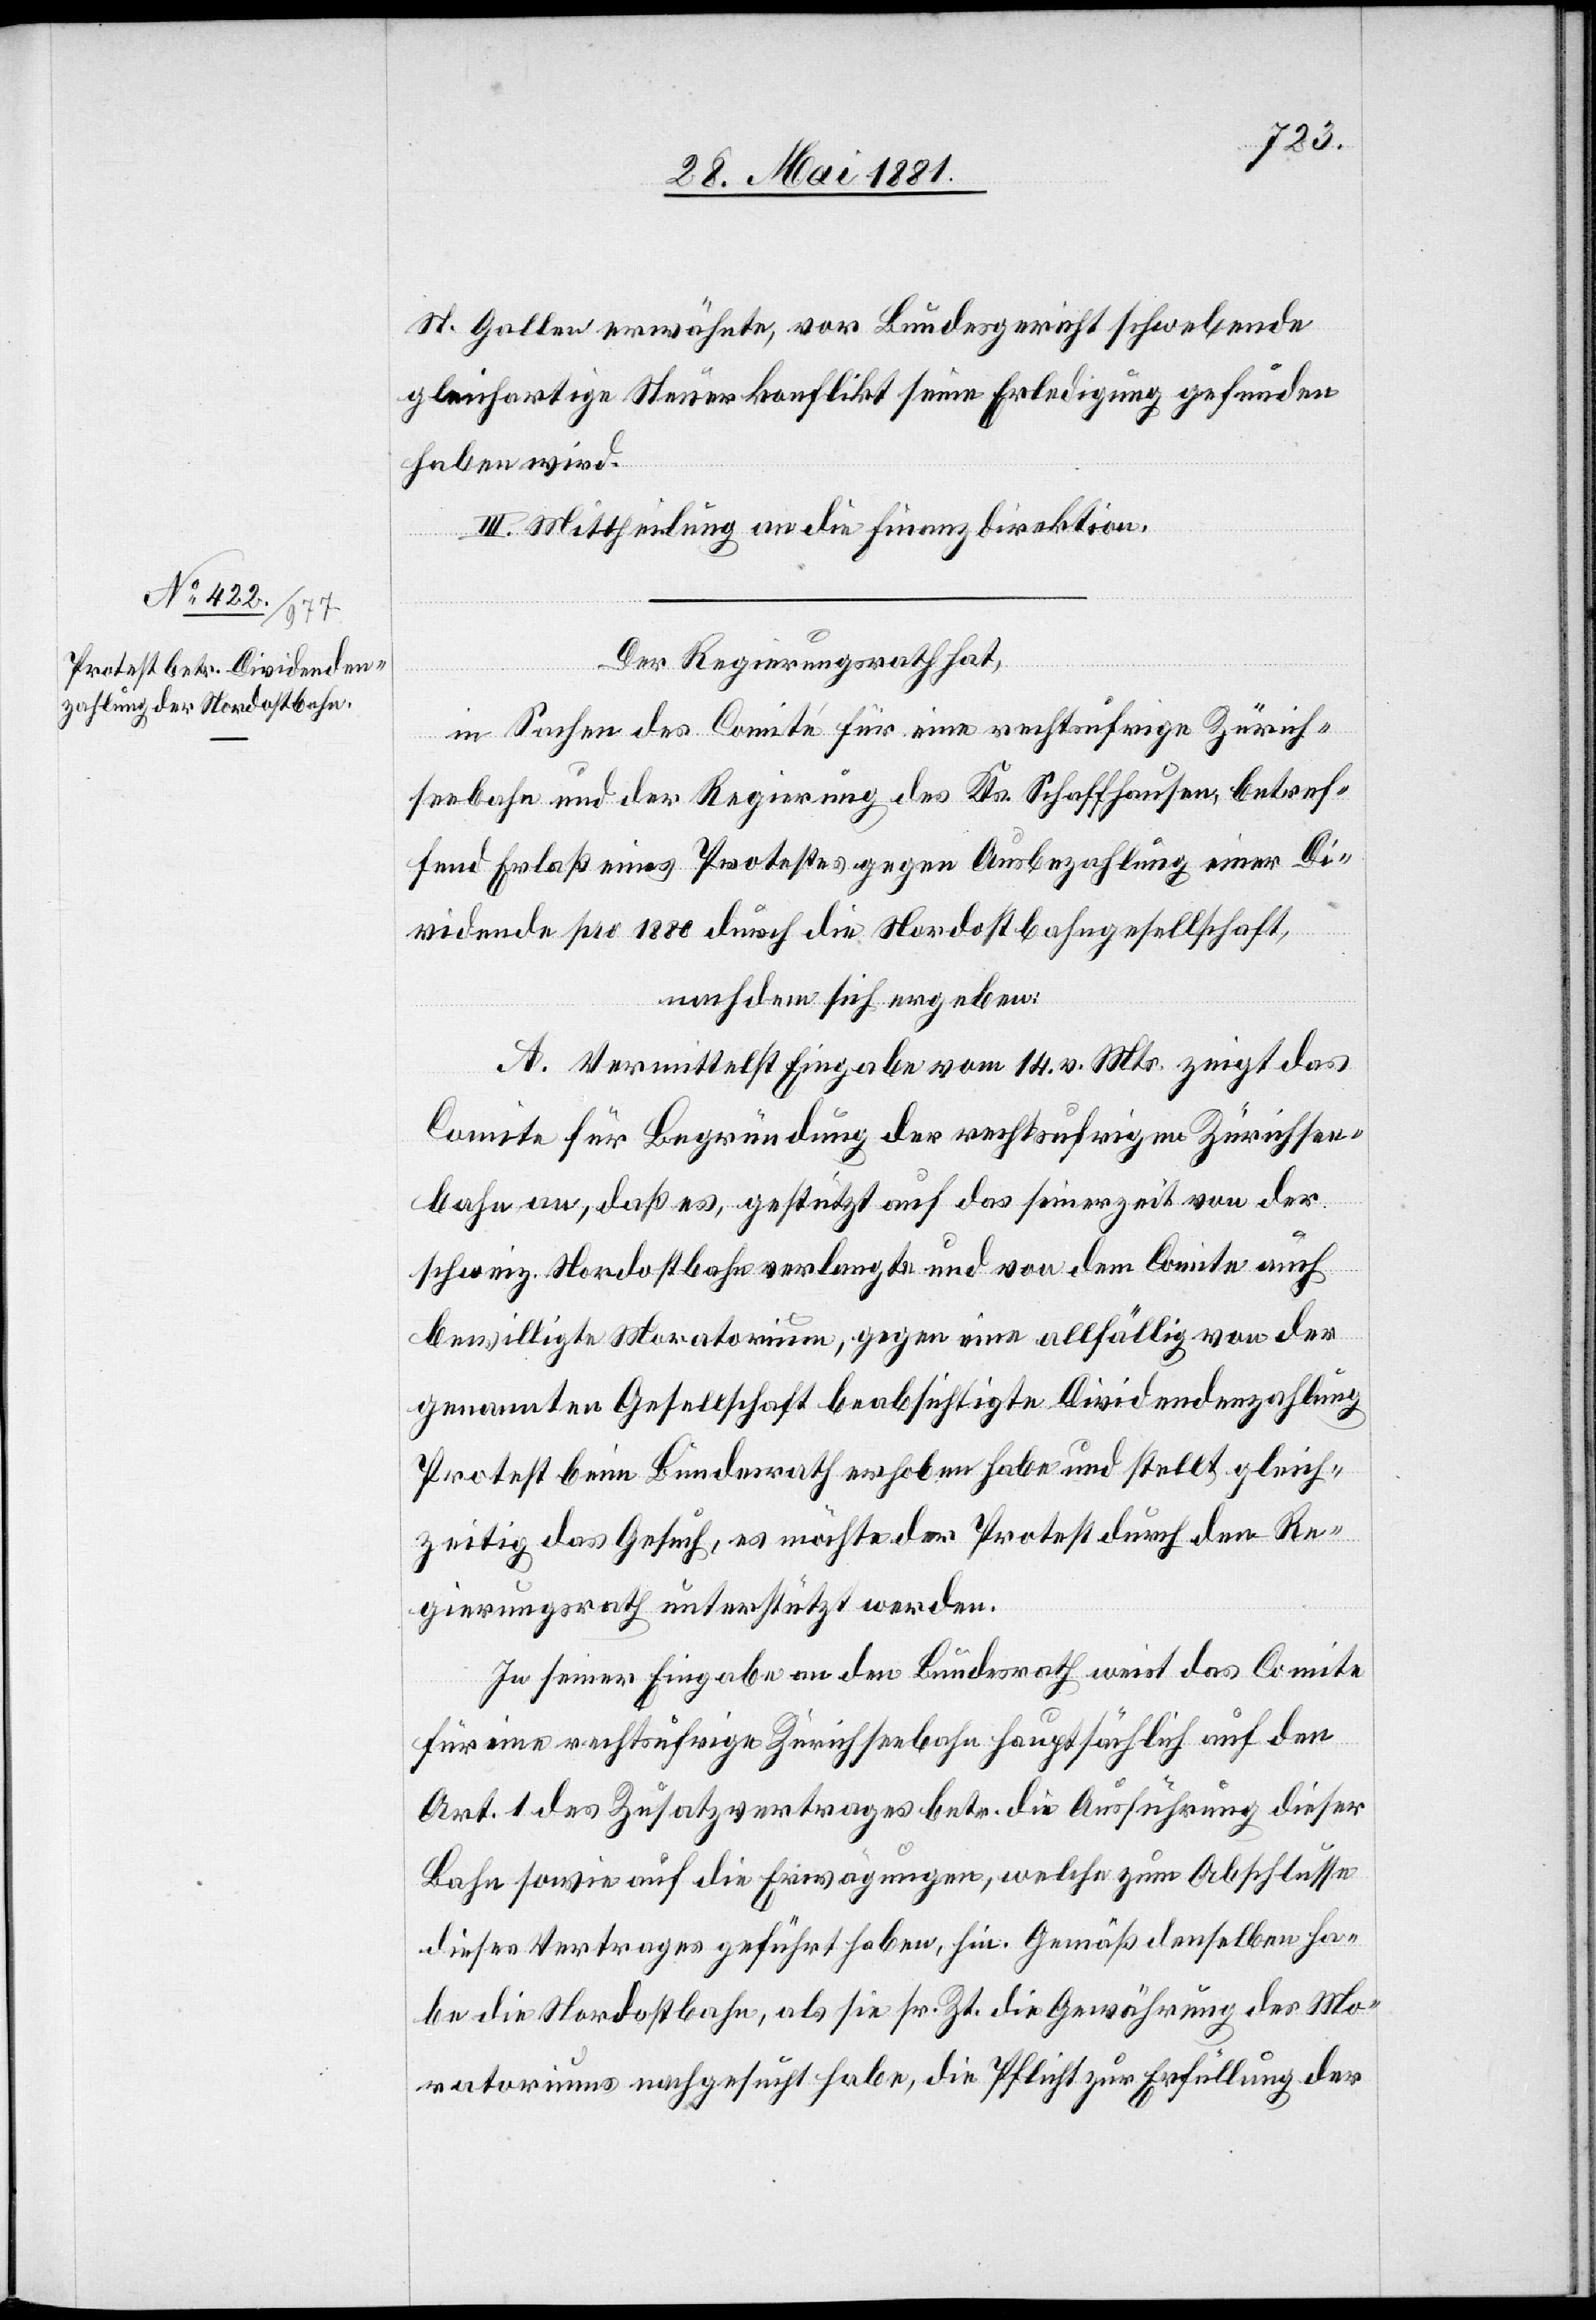
St. Gallen erwähnte, vor Bundesgericht schwebende
gleichartige Steuerkonflikt seine Erledigung gefunden
haben wird.
III. Mittheilung an die Finanzdirektion.
Der Regierungsrath hat,
in Sachen des Comité für eine rechtsufrige Zürich¬
seebahn und der Regierung des Kts. Schaffhausen, betref¬
fend Erlaß eines Protestes gegen Ausbezahlung einer Di¬
videnden pro 1880 durch die Nordostbahngesellschaft,
nach dem sich ergeben:
A. Vermittelst Eingabe vom 14. v. Mts. zeigt das
Comite für Begründung der rechtsufrigen Zürichsee¬
bahn an, daß es, gestützt auf das seinerzeit von der
schweiz. Nordostbahn verlangte und von dem Comite auch
bewilligte Moratorium, gegen eine allfällig von der
genannten Gesellschaft beabsichtigte Dividendenzahlung
Protest beim Bundesrath erhoben habe und stellt gleich¬
zeitig das Gesuch, es möchte der Protest durch den Re¬
gierungsrath unterstützt werden.
In seiner Eingabe an den Bundesrath weist das Comite
für seine rechtsufrige Zürichseebahn hauptsächlich auf den
Art. 1 des Zusatzvertrages betr. die Ausführung dieser
Bahn sowie auf die Erwägungen, welche zum Abschlusse
dieses Vertrages geführt haben, hin. Gemäß demselben ha¬
be die Nordostbahn, als sie sr. Zt. die Gewährung des Mo¬
ratoriums nachgesucht habe, die Pflicht zur Erfüllung der